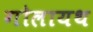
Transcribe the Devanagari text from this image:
गोलायथ